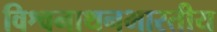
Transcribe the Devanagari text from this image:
विश्वनाथनभारतीय